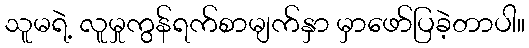
သူမရဲ့ လူမှုကွန်ရက်စာမျက်နှာ မှာဖော်ပြခဲ့တာပါ။